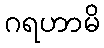
ဂရဟာမိ